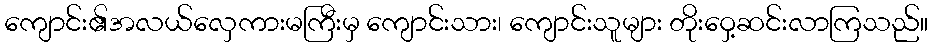
ကျောင်း၏အလယ်လှေကားမကြီးမှ ကျောင်းသား၊ ကျောင်းသူများ တိုးဝှေ့ဆင်းလာကြသည်။